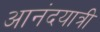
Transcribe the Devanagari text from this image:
आनंदयात्री